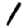
Digit: 1